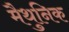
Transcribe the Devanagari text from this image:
मैथुनिक